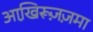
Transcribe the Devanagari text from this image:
आखि़रूज़ज़मा